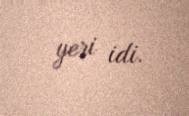
yeri idi.